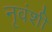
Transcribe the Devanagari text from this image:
नृवंशी